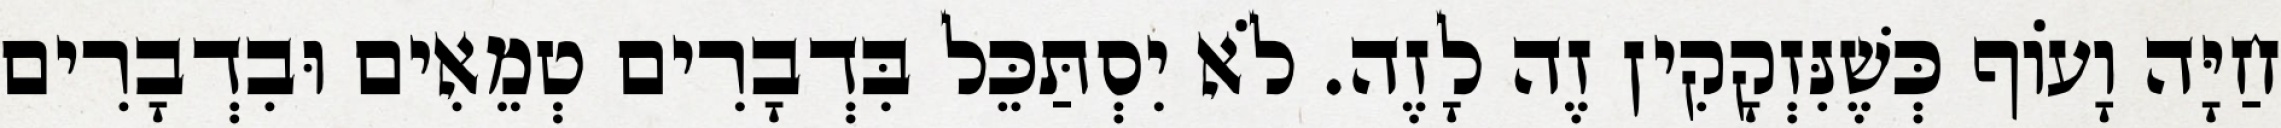
חַיָּה וָעוֹף כְּשֶׁנִּזְקָקִין זֶה לָזֶה. לֹא יִסְתַּכֵּל בִּדְבָרִים טְמֵאִים וּבִדְבָרִים